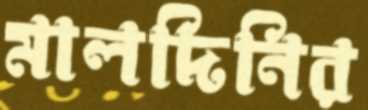
মালদিনির